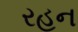
રહન